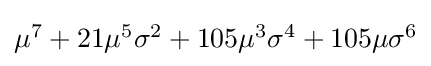
{\textstyle \mu ^{7}+21\mu ^{5}\sigma ^{2}+105\mu ^{3}\sigma ^{4}+105\mu \sigma ^{6}}